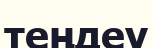
теңдеу